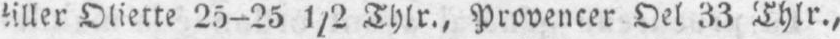
Oliette 25-25 1/2 Thlr., Provencer Oel 33 Thlr.,